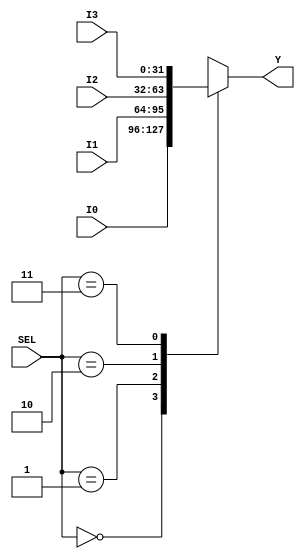
module Mux_4to1(
    input       wire    [31:0]      I0,
    input       wire    [31:0]      I1,
    input       wire    [31:0]      I2,
    input       wire    [31:0]      I3,
    input       wire    [1:0]       SEL,
    output      reg     [31:0]      Y
);

always @ (*)
    begin
        case (SEL)
            2'b00      :       Y   =   I0;

            2'b01      :       Y   =   I1;

            2'b10      :       Y   =   I2;

            2'b11      :       Y   =   I3;

            default :       Y   =   I0;
        endcase
    end


endmodule